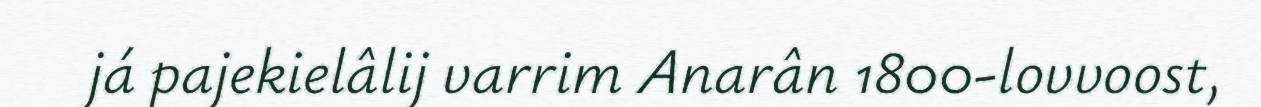
já pajekielâlij varrim Anarân 1800-lovvoost,